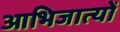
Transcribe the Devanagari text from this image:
आभिजात्यों